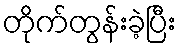
တိုက်တွန်းခဲ့ပြီး